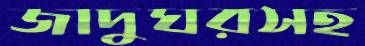
জাদুঘরসহ